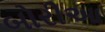
બોરીઆ